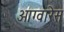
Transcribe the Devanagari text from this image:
आग्वारेस